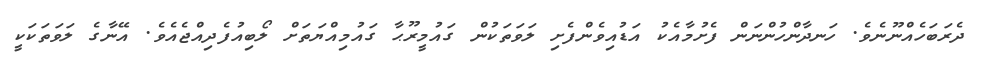
ދެރަބަހެއްނޫނެވެ. ހަނދާންހުންނަން ފެށުމާއެކު އަޑުއިވެންފެށި ލަވަތަކުން ގައުމީރޫޙާ ގައުމިއްޔަތަށް ލޯބިއުފެދިއްޖެއެވެ. އޭނާގެ ލަވަތަކަކީ